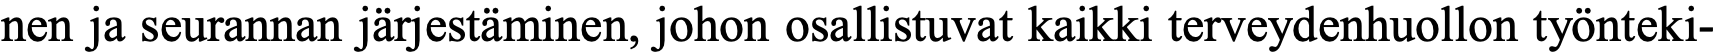
nen ja seurannan järjestäminen, johon osallistuvat kaikki terveydenhuollon työnteki-